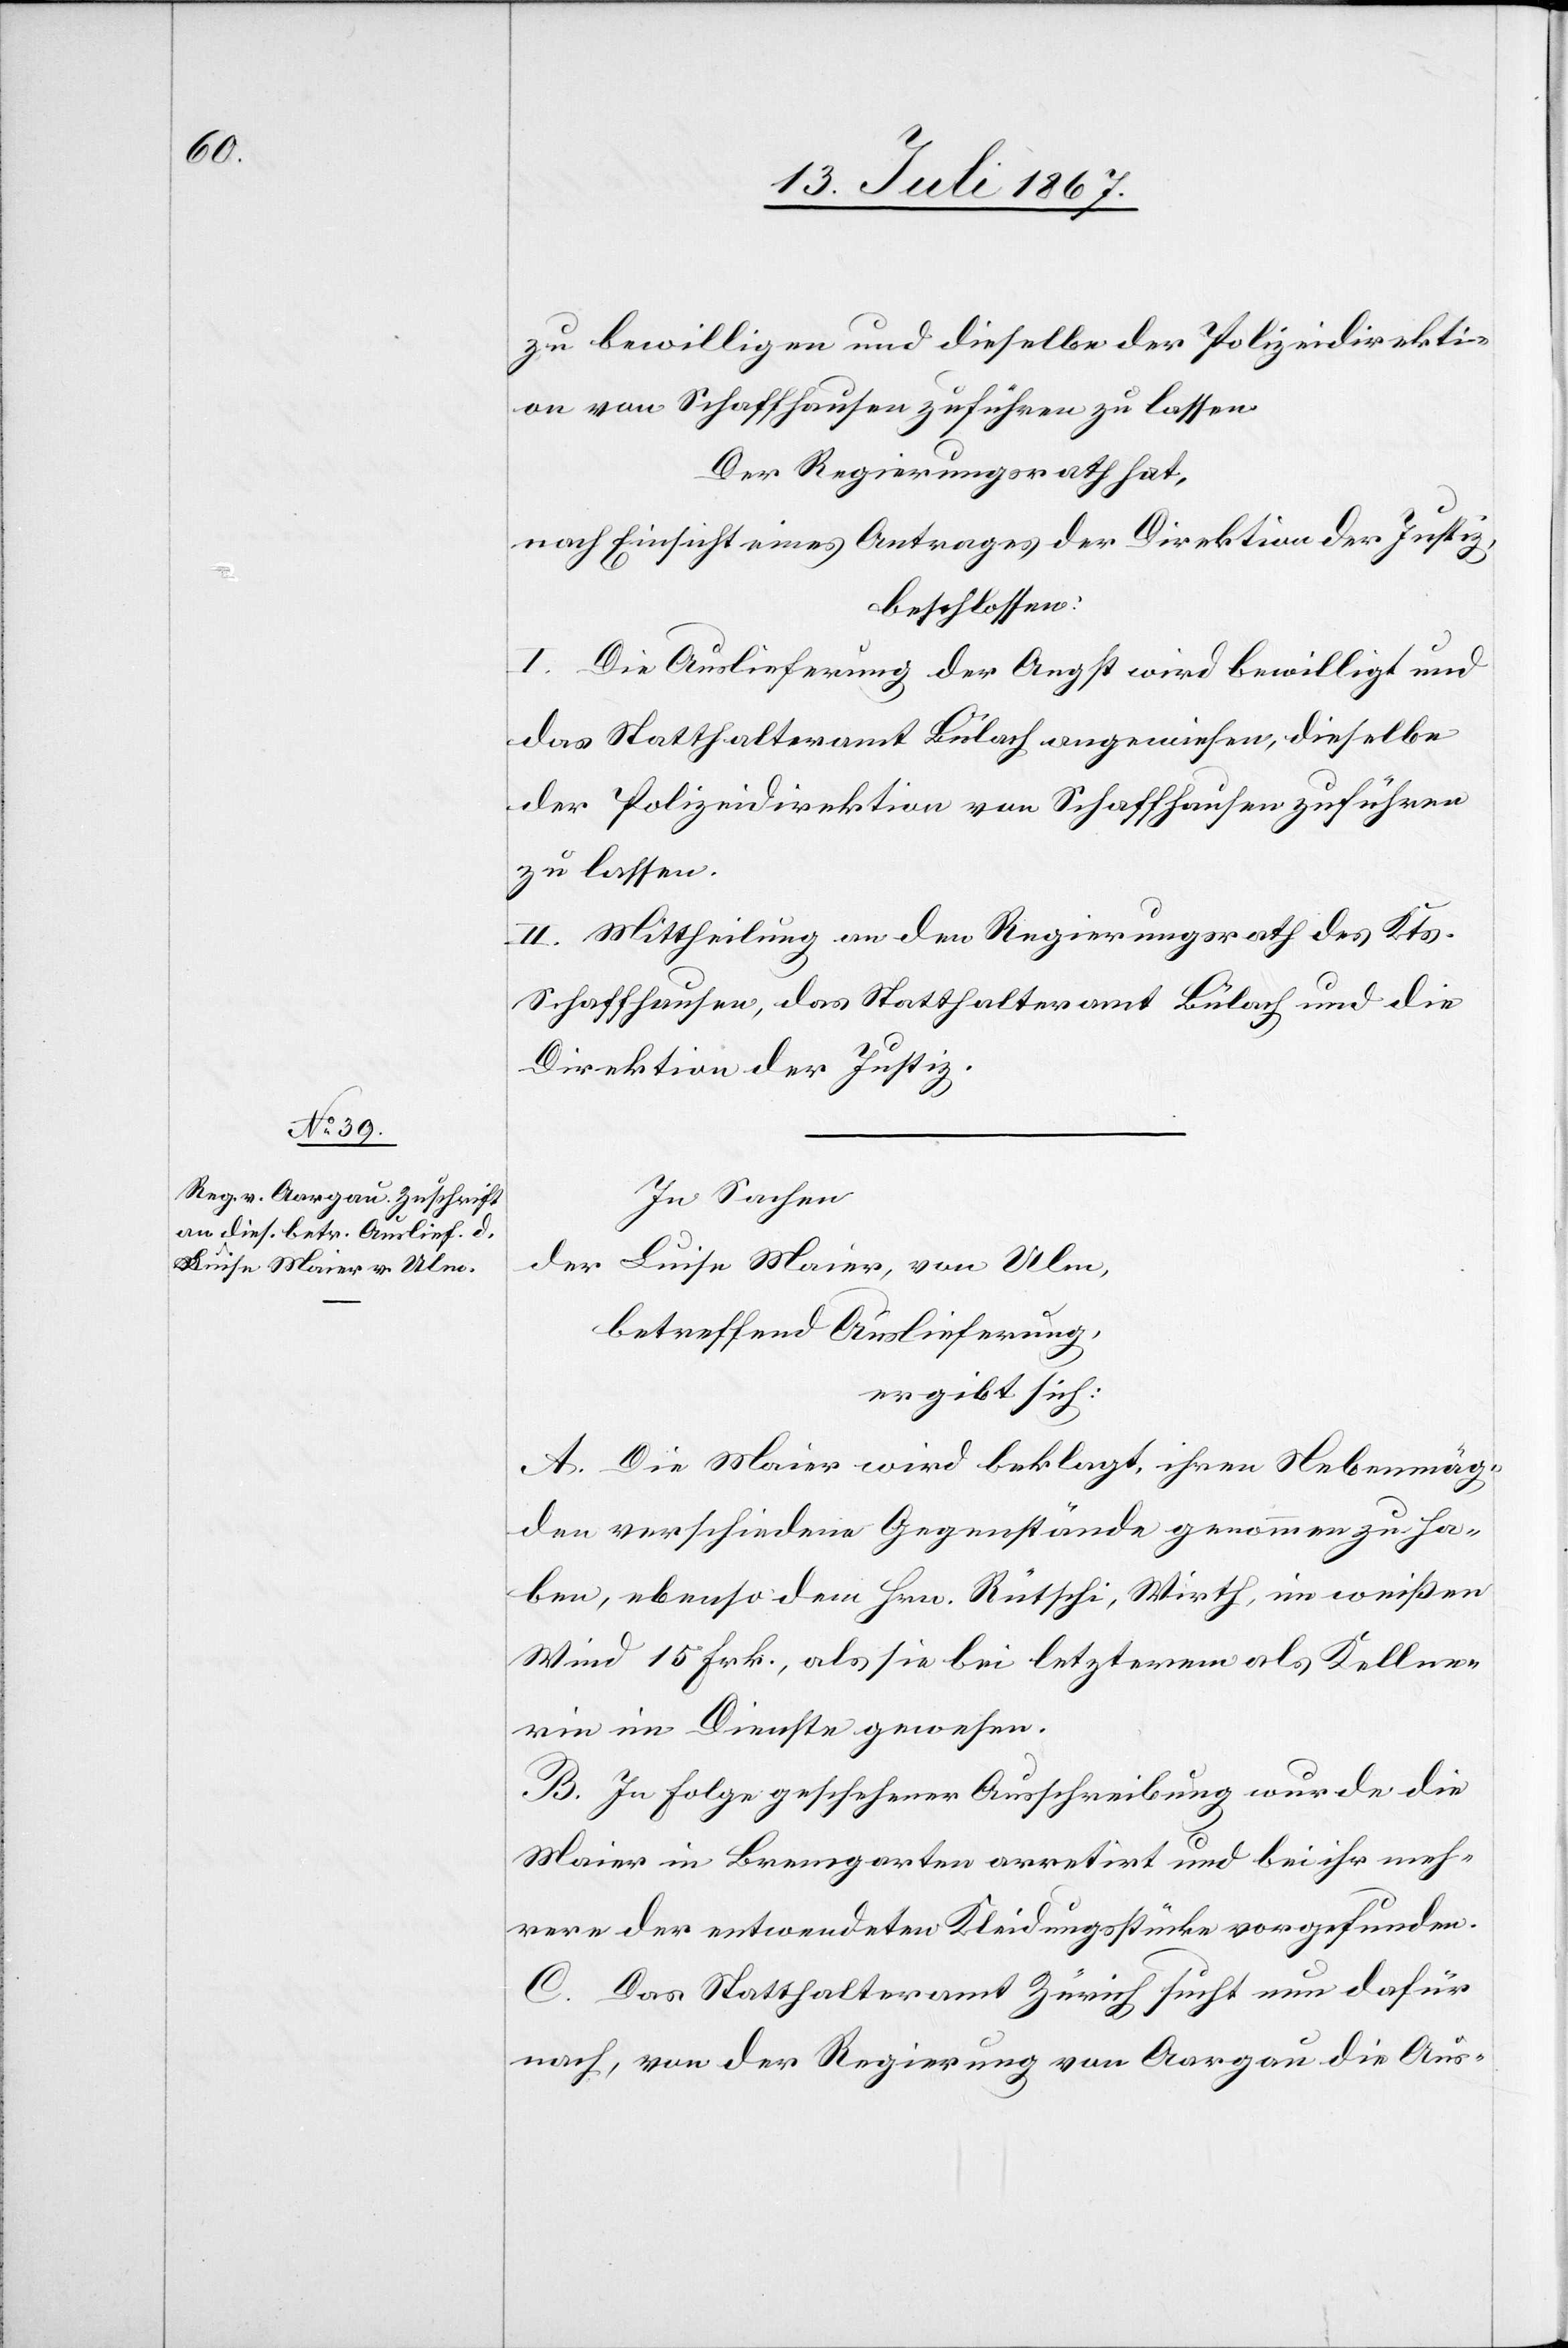
13. Juli 1867.]
zu bewilligen und dieselbe der Polizeidirekti¬
on von Schaffhausen zuführen zu lassen.
Der Regierungsrath hat,
nach Einsicht eines Antrages der Direktion der Justiz,
beschlossen:
I. Die Auslieferung der Angst wird bewilligt und
das Statthalteramt Bülach angewiesen, dieselbe
der Polizeidirektion von Schaffhausen zuführen
zu lassen.
II. Mittheilung an den Regierungsrath des Kts.
Schaffhausen, das Statthalteramt Bülach und die
Direktion der Justiz.
In Sachen
der Luisa Maier, von Ulm,
betreffend Auslieferung,
ergibt sich:
A. Die Maier wird beklagt, ihren Nebenmäg¬
den verschiedene Gegenstände genommen zu ha¬
ben, ebenso dem Hrn. Rütschi, Wirth, im weißen
Wind 15 Frk., als sie bei letzterm als Kellner¬
in im Dienste gewesen.
B. In Folge geschehener Ausschreibung wurde die
Maier in Bremgarten arretirt und bei ihr meh¬
rere der entwendeten Kleidungsstücke vorgefunden.
C. Das Statthalteramt Zürich sucht nun dafür
nach, von der Regierung von Aargau die Aus-